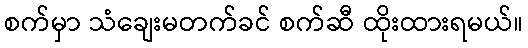
စက်မှာ သံချေးမတက်ခင် စက်ဆီ ထိုးထားရမယ်။